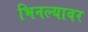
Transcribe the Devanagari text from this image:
भिनल्यावर